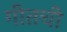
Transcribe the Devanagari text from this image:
गीतची